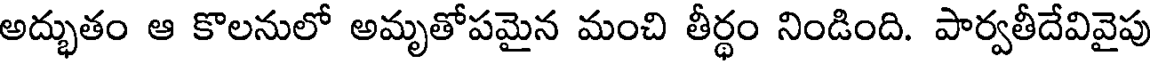
అద్భుతం ఆ కొలనులో అమృతోపమైన మంచి తీర్థం నిండింది. పార్వతీదేవివైపు